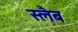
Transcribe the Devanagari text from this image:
स्‍लैब